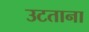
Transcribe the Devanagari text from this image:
उटताना